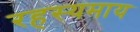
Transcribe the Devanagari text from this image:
रहस्यमाय